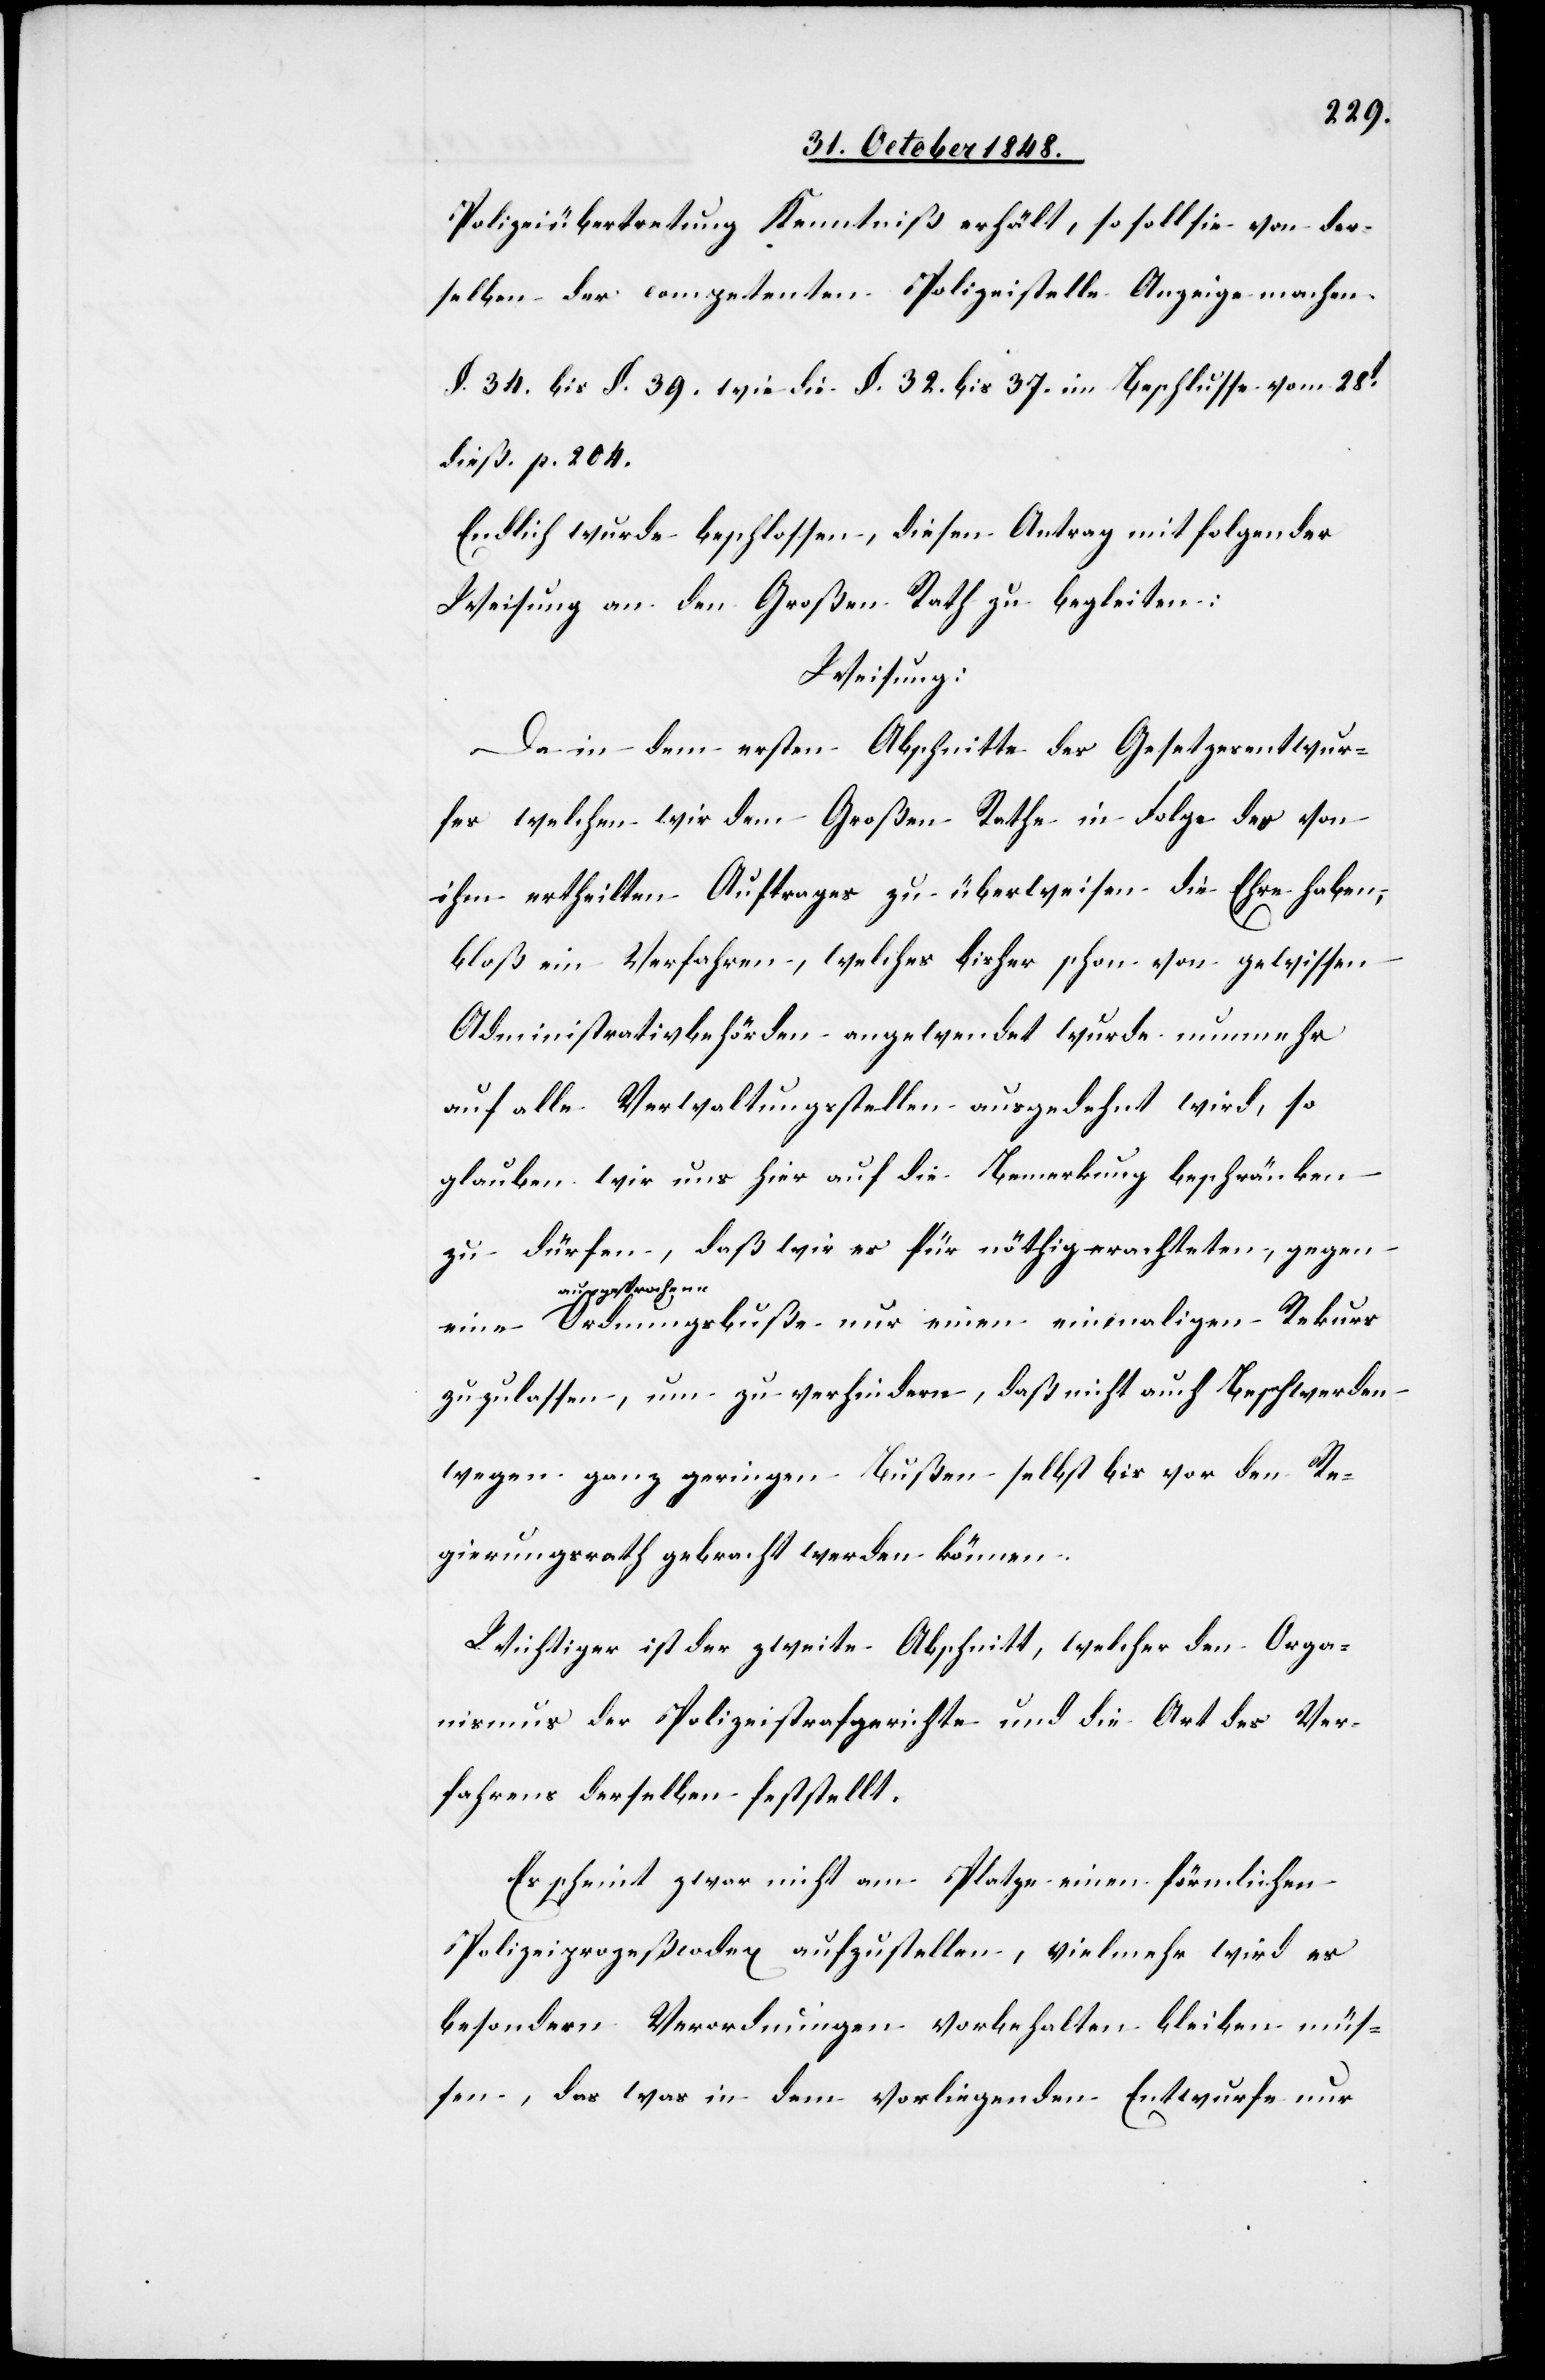
Polizeiübertretung Kenntniß erhält, so soll sie von der¬
selben der competenten Polizeistelle Anzeige machen.
§. 34. bis §. 39. wie die §. 32. bis 37. im Beschlusse vom 28t
dieß p. 204.
Endlich wurde beschlossen, diesen Antrag mit folgender
Weisung an den Großen Rath zu begleiten:
Weisung:
Da in dem ersten Abschnitte des Gesetzesentwur¬
fes welchen wir dem Großen Rathe in Folge des von
ihm ertheilten Auftrages zu überweisen die Ehre haben,
bloß ein Verfahren, welches bisher schon von gewissen
Administrativbehörden angewendet wurde nunmehr
auf alle Verwaltungsstellen ausgedehnt wird, so
glauben wir uns hier auf die Bemerkung beschränken
zu dürfen, daß wir es für nöthig erachteten, gegen
ausgesproch¬
ene Ordnungsbuße nur einen einmaligen Rekurs
zuzulassen, um zu verhindern, daß nicht auch Beschwerden
wegen ganz geringen Bußen selbst bis vor den Re¬
gierungsrath gebracht werden können.
Wichtiger ist der zweite Abschnitt, welcher den Orga¬
nismus der Polizeistrafgerichte und die Art des Ver¬
fahrens derselben feststellt.
Es scheint zwar nicht am Platze einen förmlichen
Polizeiprozeßcodex aufzustellen, vielmehr wird es
besondern Verordnungen vorbehalten bleiben müs¬
sen, das was in dem vorliegenden Entwurfe nur